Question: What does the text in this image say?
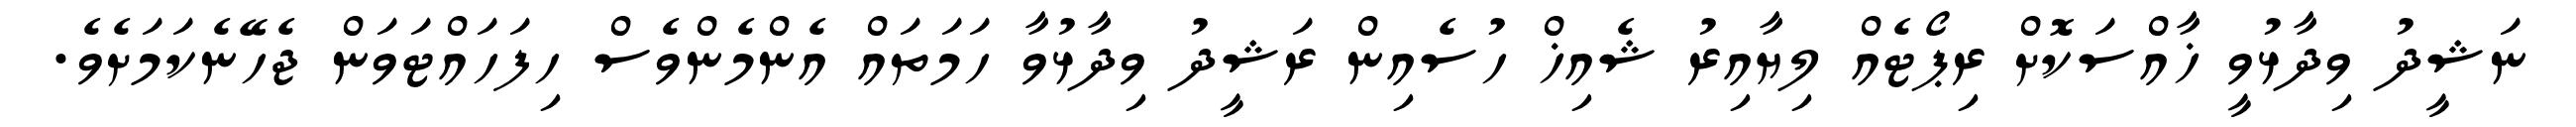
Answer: ނަޝީދު ވިދާޅުވީ ޚާއްސަކޮށް ރިޕޯޓެއް ލިޔާއިރު ޝެއިޚް ހުސެއިން ރަޝީދު ވިދާޅުވާ ހަމަތައް އެންމެންވެސް ހިފަހައްޓަވަން ޖެހޭނެކަމަށެވެ.